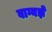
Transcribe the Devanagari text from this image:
वाग्यज्ञें